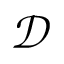
\mathcal { D }